Mental hospitals Bombay report 1929-33 - 1929-1933
Year: 1929
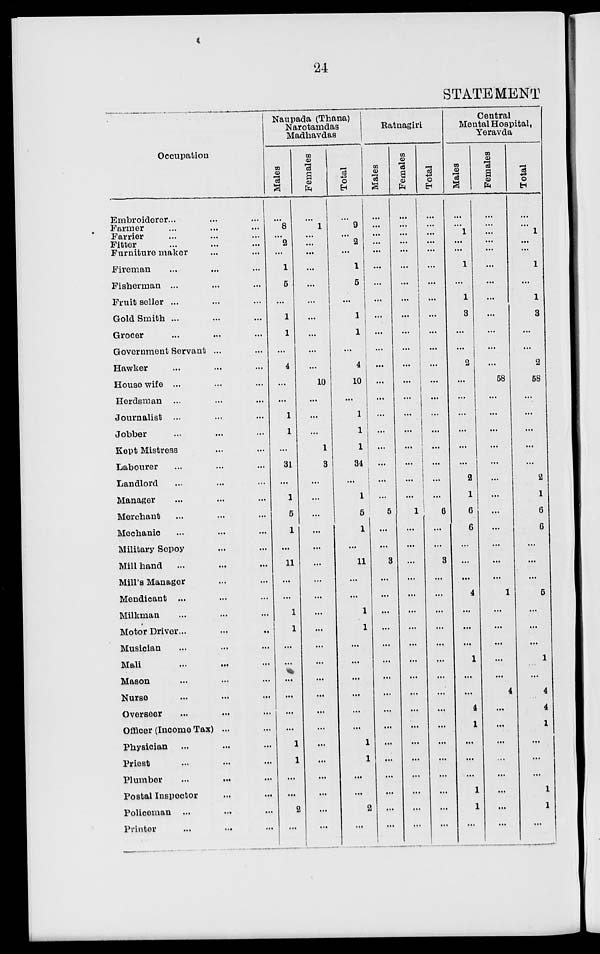
24
STATEMENT
Occupation
Embroiderer ... ... ...
Farmer ... ... ...
Farrier ... ... ...
Fitter ... ... ...
Furniture maker ... ...
Fireman ... ... ...
Fisherman ... ... ...
Fruit seller ... ... ...
Gold Smith ... ... ...
Grocer ... ... ...
Government Servant ...
Hawker ... ... ...
Housewife ... ... ...
Herdsman ... ... ...
Journalist ... ... ...
Jobber ... ... ...
Kept Mistress ... ...
Labourer ... ... ...
Landlord ... ... ...
Manager ... ... ...
Merchant ... ... ...
Mechanic ... ... ...
Military Sepoy ... ...
Mill hand ... ... ...
Mill's Manager ... ...
Mendicant ... ... ...
Milkman ... ... ...
Motor Driver ... ... ...
Musician ... ... ...
Mali ... ... ...
Mason ... ... ...
Nurse ... ... ...
Overseer ... ... ...
Officer (Income Tax) ...
Physician ... ... ...
Priest ... ... ...
Plumber ... ... ...
Postal Inspector ... ...
Policeman ... ... ...
Printer ... ... ...
Naupada (Thana)
Narotamdas
Madhavdas
Males
...
8
...
2
...
1
5
...
1
1
...
4
...
...
1
1
...
31
...
1
5
1
...
11
...
...
1
1
...
...
...
...
...
...
1
1
...
...
2
...
Females
...
1
...
...
...
...
...
...
...
...
...
...
10
...
...
...
1
3
...
...
...
...
...
...
...
...
...
...
...
...
...
...
...
...
...
...
...
...
...
...
Total
...
9
...
2
...
1
5
...
1
1
...
4
10
...
1
1
1
34
...
1
5
1
...
11
...
...
1
1
...
...
...
...
...
...
1
1
...
...
2
...
Ratnagiri
Males
...
...
...
...
...
...
...
...
...
...
...
...
...
...
...
...
...
...
...
...
5
...
...
3
...
...
...
...
...
...
...
...
...
...
...
...
...
...
...
...
Females
...
...
...
...
...
...
...
...
...
...
...
...
...
...
...
...
...
...
...
1
...
...
...
...
...
...
...
...
...
...
...
...
...
...
...
...
...
...
...
Total
...
...
...
...
...
...
...
...
...
...
...
...
...
...
...
...
...
...
6
...
...
3
...
...
...
...
...
...
...
...
...
...
...
...
...
...
...
...
Central
Mental Hospital,
Yeravda
Males
...
...
1
...
...
1
...
1
3
...
...
2
...
...
...
...
...
...
2
1
6
6
...
...
...
4
...
...
...
1
...
...
4
1
...
...
...
1
1
...
Females
...
...
...
...
...
...
...
...
...
...
...
...
58
...
...
...
...
...
...
...
...
...
...
...
...
1
...
...
...
...
...
4
...
...
...
...
...
...
...
...
Total
...
...
1
...
...
1
...
1
3
...
...
2
58
...
...
...
...
...
2
1
6
6
...
...
...
5
...
...
...
1
...
4
4
1
...
...
...
1
1
...